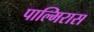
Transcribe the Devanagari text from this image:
पाल्मिरास